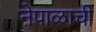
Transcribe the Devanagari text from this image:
नेपाळाची